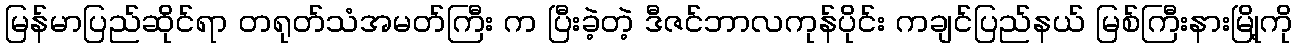
မြန်မာပြည်ဆိုင်ရာ တရုတ်သံအမတ်ကြီး က ပြီးခဲ့တဲ့ ဒီဇင်ဘာလကုန်ပိုင်း ကချင်ပြည်နယ် မြစ်ကြီးနားမြို့ကို